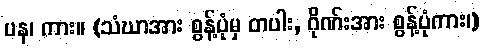
ပန၊ ကား။ (သံဃာအား စွန့်ပုံမှ တပါး, ဂိုဏ်းအား စွန့်ပုံကား၊)